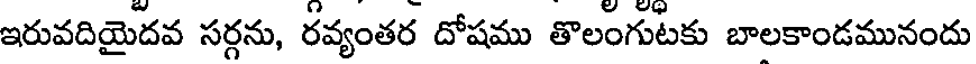
ఇరువదియైదవ సర్గను, రవ్యంతర దోషము తొలంగుటకు బాలకాండమునందు